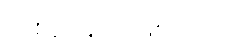
တစ်ယောက်ဖြစ်သော